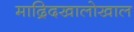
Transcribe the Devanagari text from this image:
माद्रिदखालोखाल